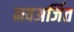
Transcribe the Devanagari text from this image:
नवअर्जित